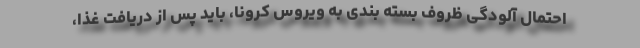
احتمال آلودگی ظروف بسته بندی به ویروس کرونا، باید پس از دریافت غذا،